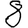
Digit: 8